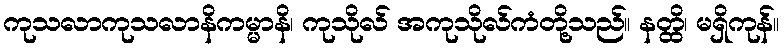
ကုသလာကုသလာနိကမ္မာနိ၊ ကုသိုလ် အကုသိုလ်ကံတို့သည်။ နတ္ထိ၊ မရှိကုန်။